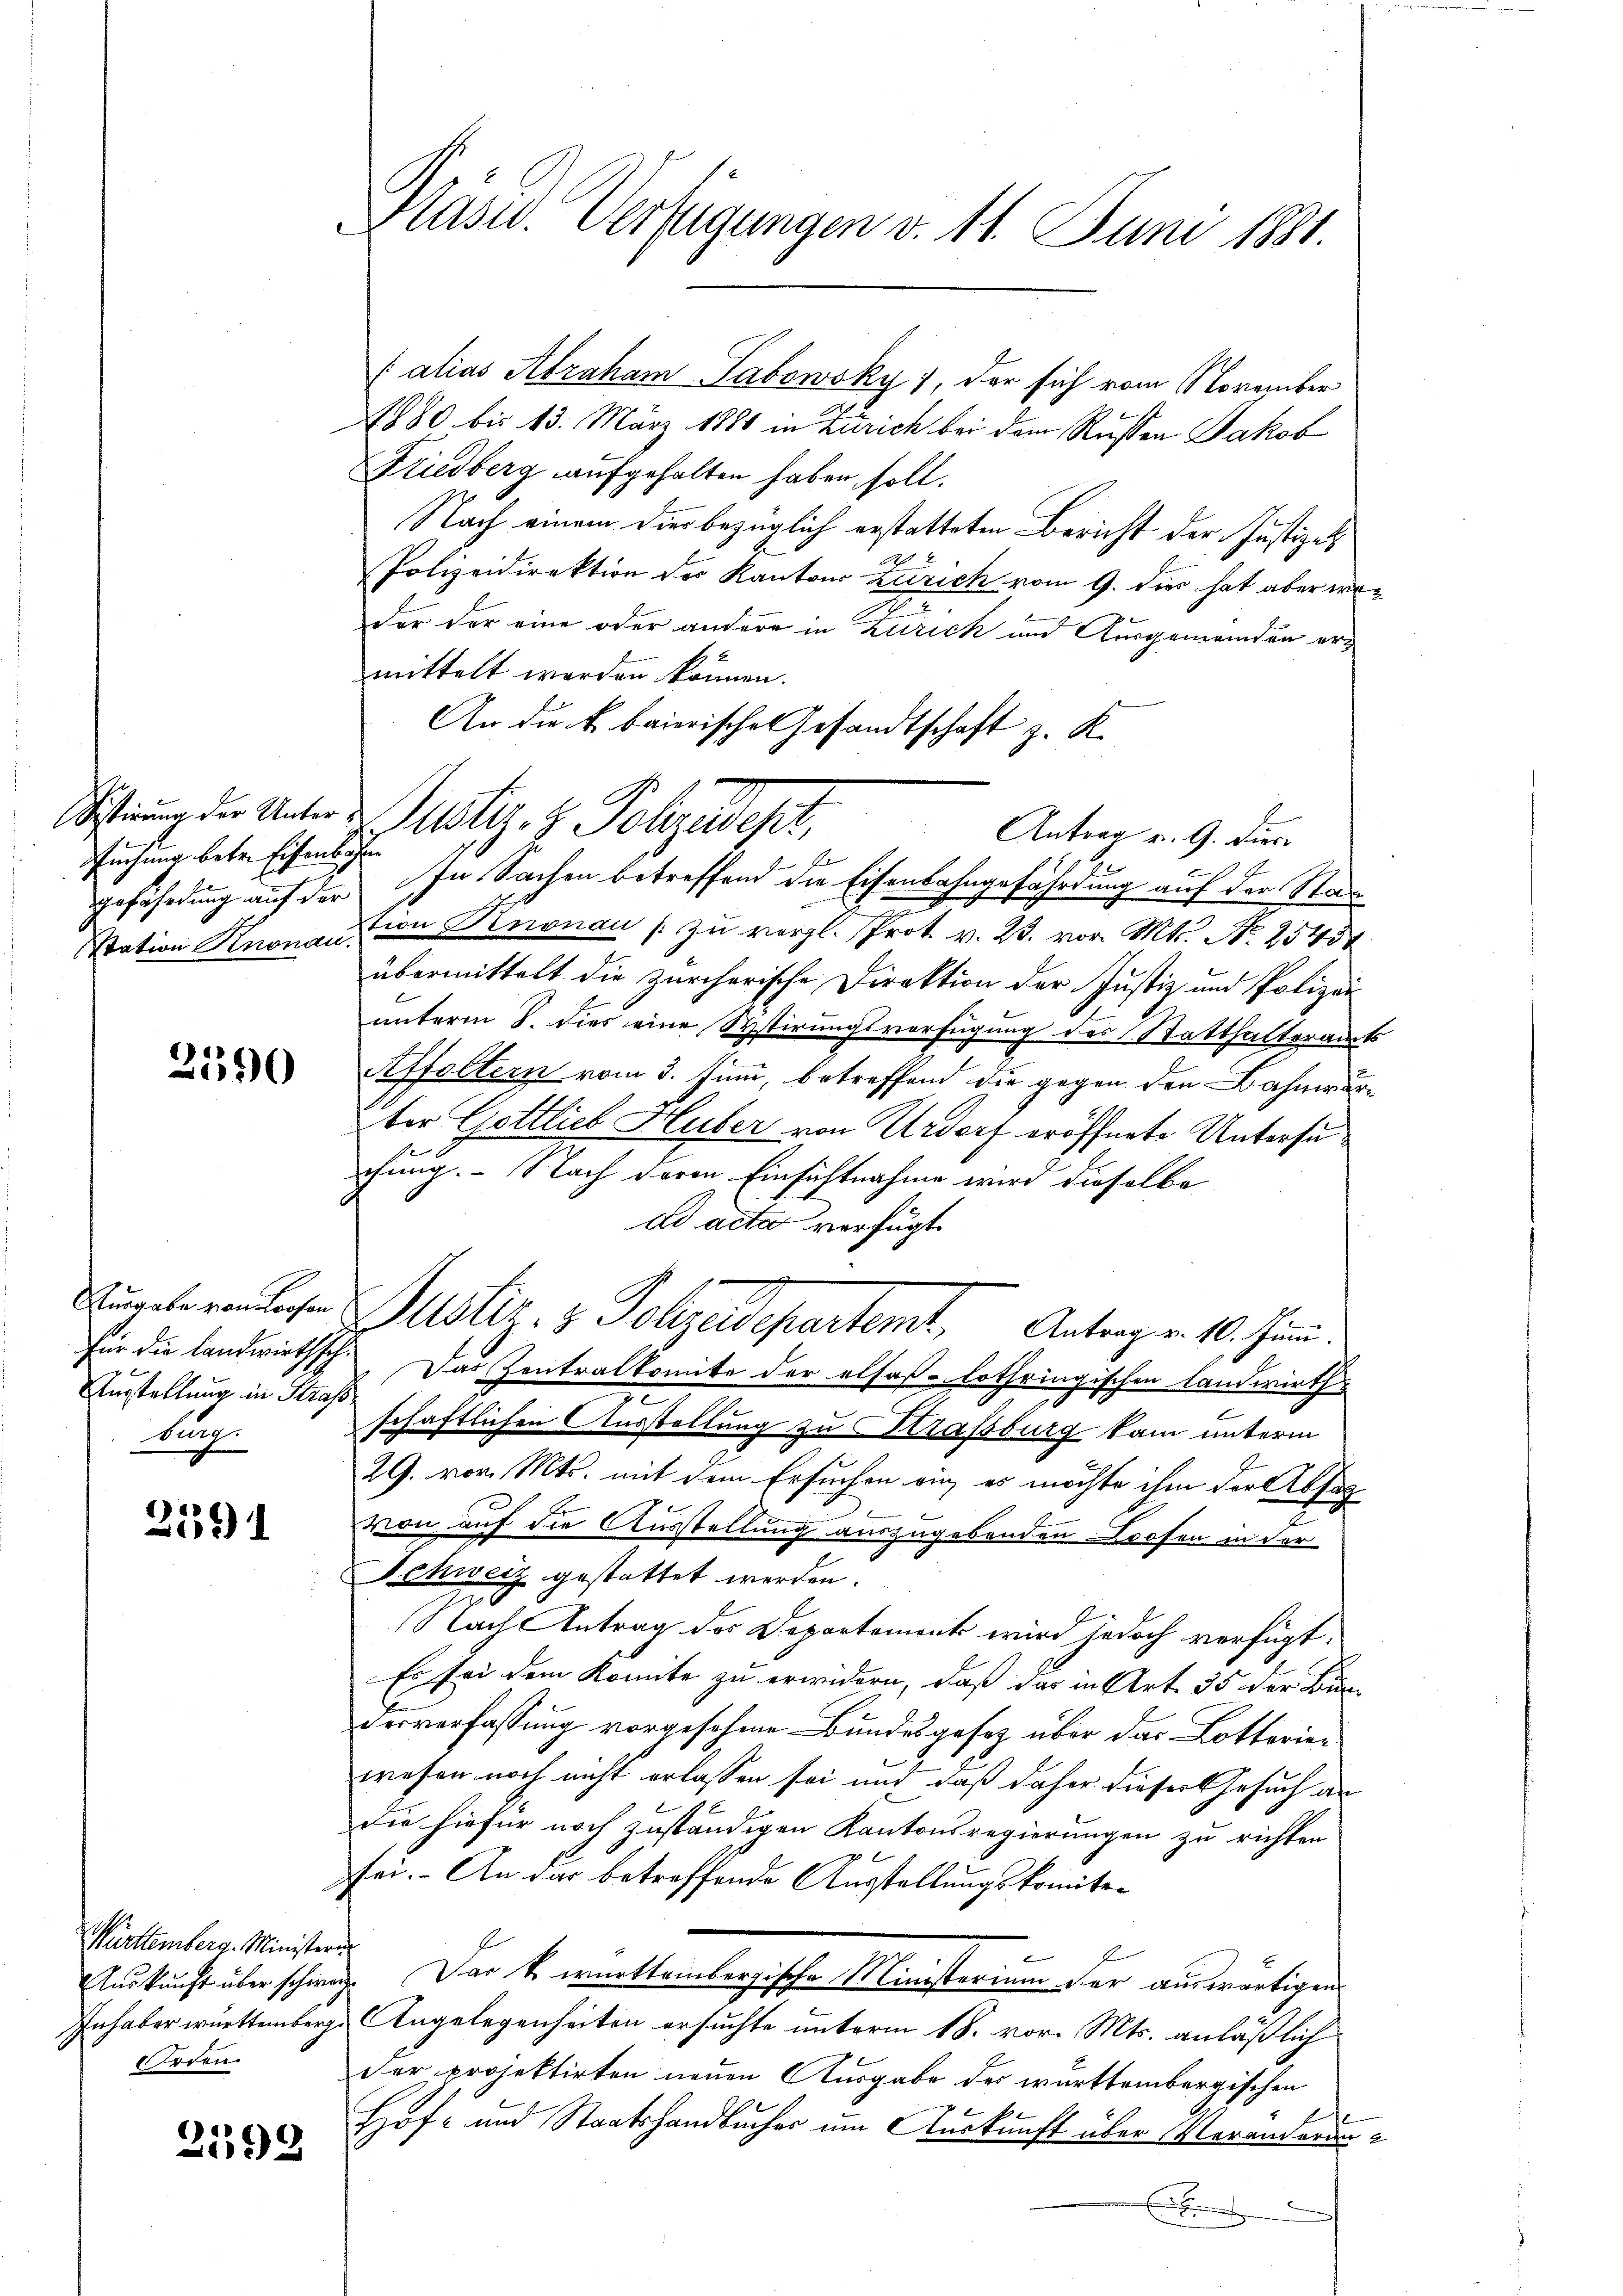
suchung betr. Eisenbahn

2590

Ausstellung in Strass
burg.

2591

Württemberg. Ministern.
Auskunft über schwer
Inhaber württemberg.
Erden.

2198

.
Präsid. Verfügungen d. 11. Juni 1881.

1880 bis 13. März 1880 in Zürich bei dem Rusten Jakob
Friedberg aufgehalten haben soll.
Nach einem dies bezüglich erstatteten Bericht der Justizal
Polizeidirektion der Kantons Zürich vom 9. dies hat aber wi
der der eine oder andere in Zürich und Ausgemeinden ermittelt worden können.
An die k. baierische Gesandtschaft z. K.
1
b
gefährdung auf der In Sachen betreffend die Eisenbahngefährdung auf der Stad
tration Knonau in Knonau zu vergl. Prot. v. 23. vor. Mts. No. 2543
übermittelt die zürcherische Direktion der Justiz und Polizei
unterm 8. dies eine Systirungsverfügung des Statthalterain.
Affoltern vom 3. Juni, betreffend die gegen den Bahnwärber Gottlieb Huber von Urdorf eröffnete Untersuchung. - Nach deren Einsichtnahme wird dieselbe
ad acta verfügt.
Engelegendlichen Justiz- & Polizeidepartemt, Antragen 10. Juni.
Für die landwirthsch. Das Zentralkomite der elsaß-Lothringischen Landwirths
s
schaftlichen Ausstellung zu Straßburg kam unterm
29. vor. Mts. mit dem Ersuchen ein, es möchte ihm der Absag
von auf die Ausstellung auszugebenden rosen in der
Schweiz gestattet werden.
Nach Antrag des Departements wird jedoch verfügt:
Es sei dem Komite zu erwidern, daß das in Art. 35 der Bun-
derverfassung vorgesehene Bundesgesetz über das Lotterier
wesen noch nicht erlassen sei und daß daher dieser Gesuch an
Die hiefür noch zuständigen Kantonsregierungen zu richten
sei. - An das betreffende Ausstellungskomiter
7. Der kommitteilegische Ministerium der auswärtigen
Angelegenheiten ersuchte unterm 18. vor. Mts. anläßlich
Der projektirten neuen Ausgabe des württembergischen
Hof- und Staatshandbucher um Auskunft über Veranderun¬
.

Sistirung der Unter Justiz- & Polizeidept,

[alias Abraham Tabowsky 1, der sich vom November

Antrag v. 9. dies